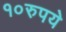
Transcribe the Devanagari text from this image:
१०रुपये